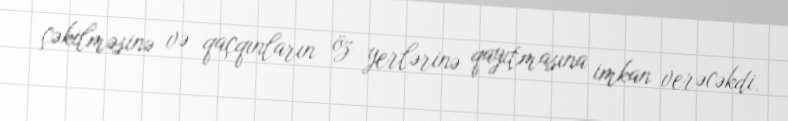
çəkilməsinə və qaçqınların öz yerlərinə qayıtmasına imkan verəcəkdi.